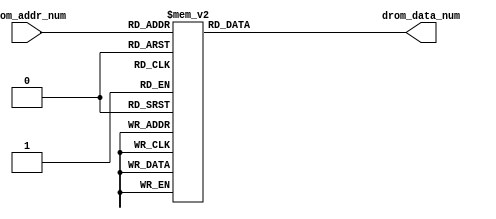
`timescale 1ns / 1ps
//////////////////////////////////////////////////////////////////////////////////
// Company: 
// Engineer: 
// 
// Design Name: 
// Module Name: font_words
// Project Name: 
// Target Devices: 
// Tool Versions: 
// Description: 
// 
// Dependencies: 
// 
// Revision:
// Revision 0.01 - File Created
// Additional Comments:
// 
//////////////////////////////////////////////////////////////////////////////////


module word_name(
    input [4:0] drom_addr_num,
    output reg [0:159] drom_data_num
);

always @(*)
  begin
    case (drom_addr_num)
      0:drom_data_num = 160'b0111111111111111111111111111000000001111111111111111111111110000010000000000000000000000000000100000111111111111111111111111000000001111111111111111111111110000;
      1:drom_data_num = 160'b0100000000000000000000000000100000010000000000000000000000001000010000000000000000000000000000100001000000000000000000000000100000010000000000000000000000001000;
      2:drom_data_num = 160'b0100000000000000000000000000010000100000000000000000000000000100010000000000000000000000000000100010000000000000000000000000010000100000000000000000000000000100;
      3:drom_data_num = 160'b0100000000000000000000000000001001000000000000000000000000000010010000000000000000000000000000100100000000000000000000000000001001000000000000000000000000000010;
      4:drom_data_num = 160'b0100000000000000000000000000001001000000000000000000000000000010010000000000000000000000000000100100000000000000000000000000001001000000000000000000000000000010;
      5:drom_data_num = 160'b0100000000000000000000000000001001000000000000000000000000000010010000000000000000000000000000100100000000000000000000000000001001000000000000000000000000000010;
      6:drom_data_num = 160'b0100000000000000000000000000001001000000000000000000000000000010010000000000000000000000000000100100000000000000000000000000001001000000000000000000000000000010;
      7:drom_data_num = 160'b0100000000000000000000000000001001000000000000000000000000000010010000000000000000000000000000100100000000000000000000000000001001000000000000000000000000000010;
      8:drom_data_num = 160'b0100000000000000000000000000001001000000000000000000000000000010010000000000000000000000000000100100000000000000000000000000001001000000000000000000000000000010;
      9:drom_data_num = 160'b0100000000000000000000000000001001000000000000000000000000000010010000000000000000000000000000100100000000000000000000000000001001000000000000000000000000000010;
     10:drom_data_num = 160'b0100000000000000000000000000001001000000000000000000000000000010010000000000000000000000000000100100000000000000000000000000001001000000000000000000000000000010;
     11:drom_data_num = 160'b0100000000000000000000000000001001000000000000000000000000000010010000000000000000000000000000100100000000000000000000000000001001000000000000000000000000000010;
     12:drom_data_num = 160'b0100000000000000000000000000001001000000000000000000000000000010010000000000000000000000000000100100000000000000000000000000001001000000000000000000000000000010;
     13:drom_data_num = 160'b0100000000000000000000000000010001000000000000000000000000000010010000000000000000000000000000100100000000000000000000000000001001000000000000000000000000000010;
     14:drom_data_num = 160'b0100000000000000000000000000100001000000000000000000000000000010010000000000000000000000000000100100000000000000000000000000001001000000000000000000000000000010;
     15:drom_data_num = 160'b0111111111111111111111111111000001000000000000000000000000000010011111111111111111111111111111100111111111111111111111111111111001000000000000000000000000000010;
     16:drom_data_num = 160'b0100000000000001000000000000000001000000000000000000000000000010010000000000000000000000000000100100000000000000000000000000001001000000000000000000000000000010;
     17:drom_data_num = 160'b0100000000000000100000000000000001000000000000000000000000000010010000000000000000000000000000100100000000000000000000000000001001000000000000000000000000000010;
     18:drom_data_num = 160'b0100000000000000010000000000000001000000000000000000000000000010010000000000000000000000000000100100000000000000000000000000001001000000000000000000000000000010;
     19:drom_data_num = 160'b0100000000000000001000000000000001000000000000000000000000000010010000000000000000000000000000100100000000000000000000000000001001000000000000000000000000000010;
     20:drom_data_num = 160'b0100000000000000000100000000000001000000000000000000000000000010010000000000000000000000000000100100000000000000000000000000001001000000000000000000000000000010;
     21:drom_data_num = 160'b0100000000000000000010000000000001000000000000000000000000000010010000000000000000000000000000100100000000000000000000000000001001000000000000000000000000000010;
     22:drom_data_num = 160'b0100000000000000000001000000000001000000000000000000000000000010010000000000000000000000000000100100000000000000000000000000001001000000000000000000000000000010;
     23:drom_data_num = 160'b0100000000000000000000100000000001000000000000000000000000000010010000000000000000000000000000100100000000000000000000000000001001000000000000000000000000000010;
     24:drom_data_num = 160'b0100000000000000000000010000000001000000000000000000000000000010010000000000000000000000000000100100000000000000000000000000001001000000000000000000000000000010;
     25:drom_data_num = 160'b0100000000000000000000001000000001000000000000000000000000000010010000000000000000000000000000100100000000000000000000000000001001000000000000000000000000000010;
     26:drom_data_num = 160'b0100000000000000000000000100000001000000000000000000000000000010010000000000000000000000000000100100000000000000000000000000001001000000000000000000000000000010;
     27:drom_data_num = 160'b0100000000000000000000000010000001000000000000000000000000000010010000000000000000000000000000100100000000000000000000000000001001000000000000000000000000000010;
     28:drom_data_num = 160'b0100000000000000000000000001000001000000000000000000000000000010010000000000000000000000000000100100000000000000000000000000001001000000000000000000000000000010;
     29:drom_data_num = 160'b0100000000000000000000000000100000100000000000000000000000000100010000000000000000000000000000100100000000000000000000000000001001000000000000000000000000000010;
     30:drom_data_num = 160'b0100000000000000000000000000010000010000000000000000000000001000010000000000000000000000000000100100000000000000000000000000001001000000000000000000000000000010;
     31:drom_data_num = 160'b0100000000000000000000000000001000001111111111111111111111110000010000000000000000000000000000100100000000000000000000000000001001000000000000000000000000000010;
    endcase
  end
  
endmodule